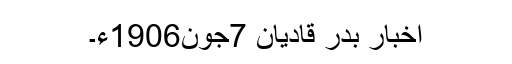
اخبار بدر قادیان 7جون1906ء۔